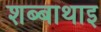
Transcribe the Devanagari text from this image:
शब्बाथाइ